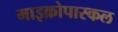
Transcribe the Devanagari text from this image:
माइक्रोपास्कल